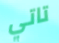
تاتي